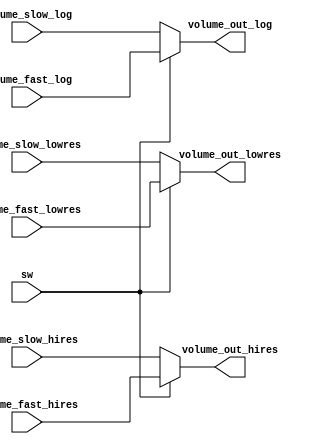
`timescale 1ns / 1ps

module volume_selector(
    input [3:0] volume_slow_lowres,
    input [7:0] volume_slow_hires,
    input [3:0] volume_slow_log,
    input [3:0] volume_fast_lowres,
    input [7:0] volume_fast_hires,
    input [3:0] volume_fast_log,
    input sw,
    output [3:0] volume_out_lowres,
    output [7:0] volume_out_hires,
    output [3:0] volume_out_log
    );
    
    assign volume_out_lowres = (sw == 0) ? volume_slow_lowres : volume_fast_lowres;
    assign volume_out_hires = (sw == 0) ? volume_slow_hires : volume_fast_hires;
    assign volume_out_log = (sw == 0) ? volume_slow_log : volume_fast_log;
    
endmodule